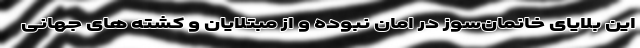
این بلایای خانمان‌سوز در امان نبوده و از مبتلایان و کشته های جهانی